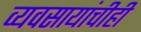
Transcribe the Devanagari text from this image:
व्यवसायांचीही